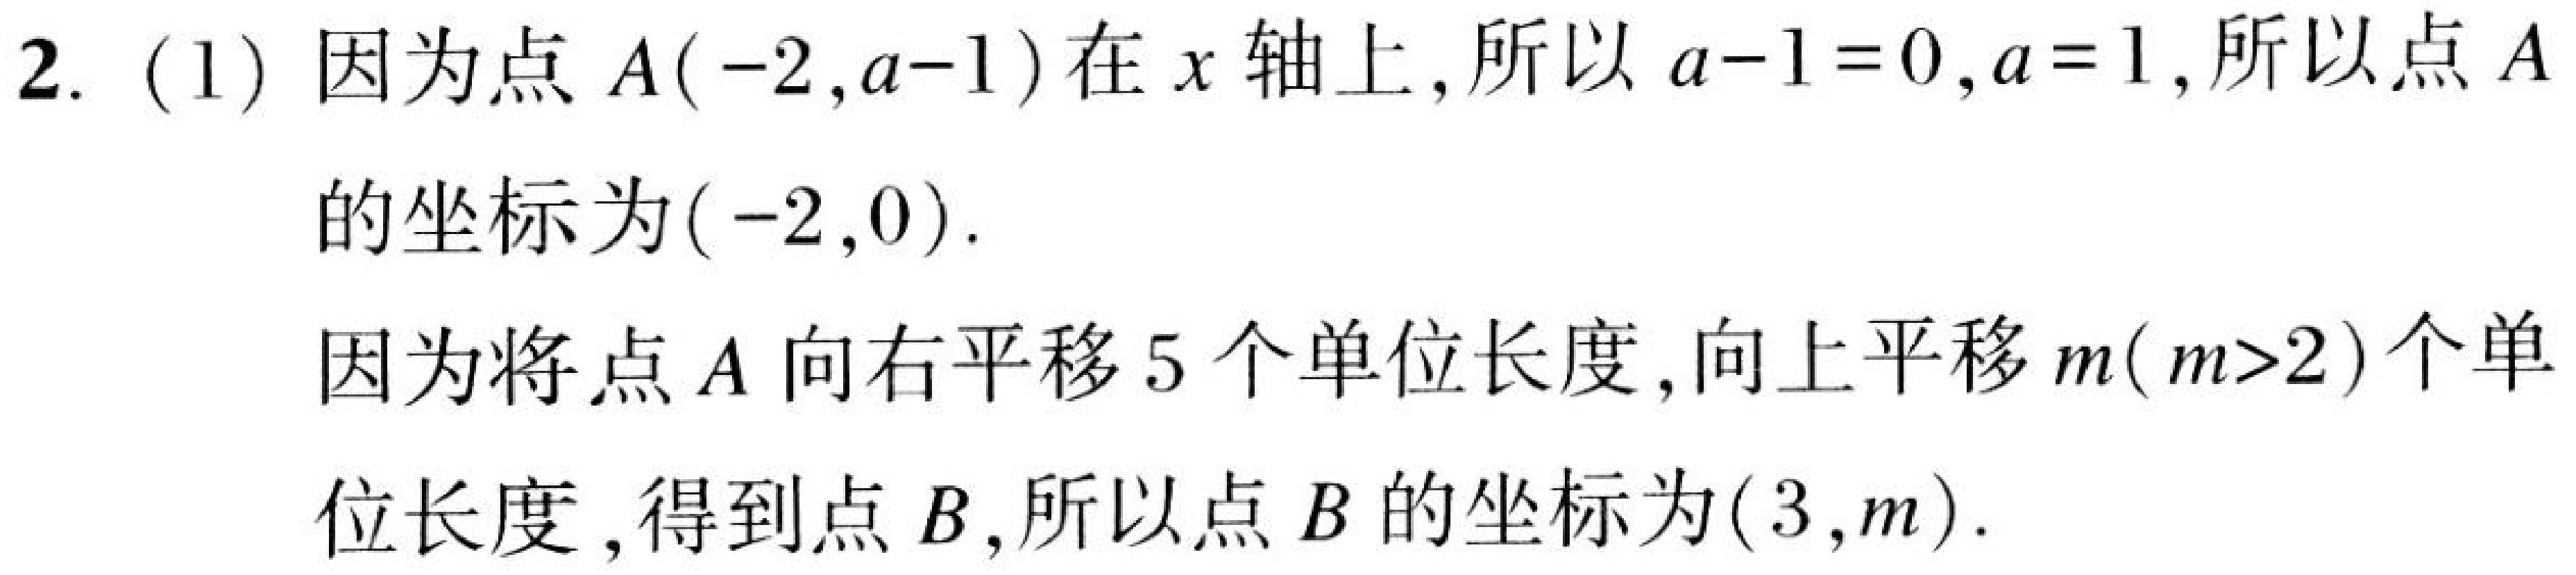
2. (1) 因为点\(A(-2,a - 1)\)在\(x\)轴上,所以\(a - 1 = 0\), \(a = 1\),所以点\(A\)的坐标为\((-2,0)\).
因为将点\(A\)向右平移\(5\)个单位长度,向上平移\(m(m > 2)\)个单位长度,得到点\(B\),所以点\(B\)的坐标为\((3,m)\).